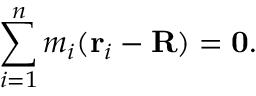
\sum _ { i = 1 } ^ { n } m _ { i } ( \mathbf { r } _ { i } - \mathbf { R } ) = \mathbf { 0 } .